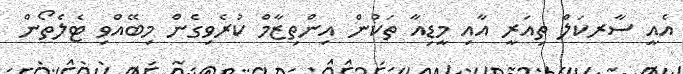
އެއީ ސާރކަލް ތިއަރީ އާއި މީޑިއާ ތަކުން އިންތިޒާމް ކުރެވިގެން މިބޭއްވި ޓެލެތޯން